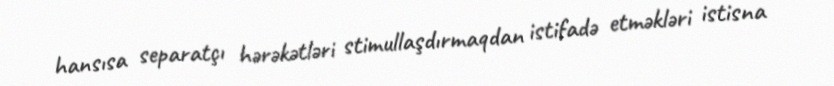
hansısa separatçı hərəkətləri stimullaşdırmaqdan istifadə etməkləri istisna